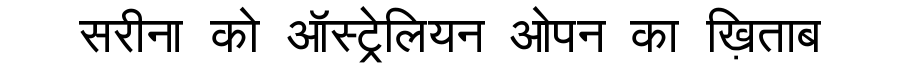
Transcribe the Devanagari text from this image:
सरीना को ऑस्ट्रेलियन ओपन का ख़िताब